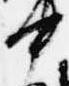
中